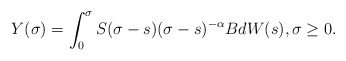
\begin{align*}Y(\sigma) = \int_0^{\sigma}S(\sigma-s)(\sigma - s)^{-\alpha}BdW(s), \sigma \geq 0.\end{align*}